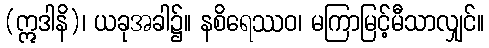
(ဣဒါနိ)၊ ယခုအခါ၌။ နစိရေဿဝ၊ မကြာမြင့်မီသာလျှင်။